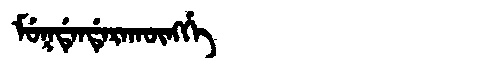
Manchu: ᠮᡠᡴᡩᡝᠨᡩᡝᡵᠠᡴᡡᠩᡤᡝ
Romanization: MUKDENDERAKŪNGGE